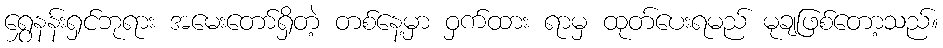
ရွှေနန်းရှင်ဘုရား အမေးတော်ရှိတဲ့ တစ်နေ့မှာ ဝှက်ထား ရာမှ ထုတ်ပေးရမည် မုချဖြစ်တော့သည်။